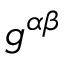
g ^ { \alpha \beta }